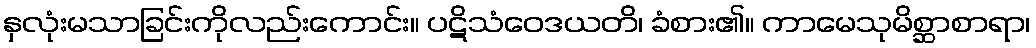
နှလုံးမသာခြင်းကိုလည်းကောင်း။ ပဋိသံဝေဒယတိ၊ ခံစား၏။ ကာမေသုမိစ္ဆာစာရာ၊